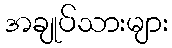
အချုပ်သားများ